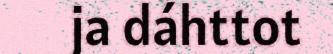
ja dáhttot